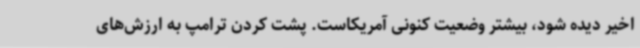
اخیر دیده شود، بیشتر وضعیت کنونی آمریکاست. پشت کردن ترامپ به ارزش‌های